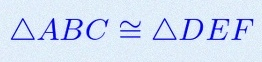
\triangle ABC\cong\triangle DEF